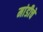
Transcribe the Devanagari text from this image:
मांडीचे